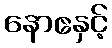
နောဧနှင့်